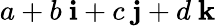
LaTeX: a+b\ \mathbf{i}+c\ \mathbf{j}+d\ \mathbf{k}